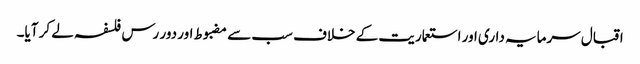
اقبال سرمایہ داری اور استعماریت کے خلاف سب سے مضبوط اور دور رس فلسفہ لے کر آیا۔